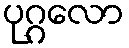
ပုဂ္ဂလော